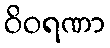
ဝိဝရဏာ